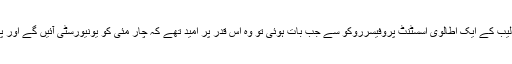
وزیر اعظم کے اعلان سے دو دن قبل اپنی لیب کے ایک اطالوی اسسٹنٹ پروفیسرروکو سے جب بات ہوئی تو وہ اس قدر پر امید تھے کہ چار مئی کو یونیورسٹی آئیں گے اور پہلے کی طرح کام شروع بھی کر دیں گے۔